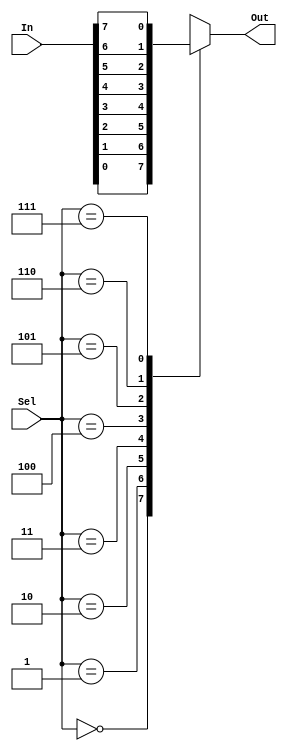
module MUX8to1
(input [7:0] In, 
input [2:0] Sel,
output Out);

reg r_Output;

always @(*)
begin 
	case (Sel)
	3'b000 : r_Output <= In[0];
	3'b001 : r_Output <= In[1];
	3'b010 : r_Output <= In[2];
	3'b011 : r_Output <= In[3];
	3'b100 : r_Output <= In[4];
	3'b101 : r_Output <= In[5];
	3'b110 : r_Output <= In[6];
	3'b111 : r_Output <= In[7];
	endcase 

end 

assign Out = r_Output;

endmodule